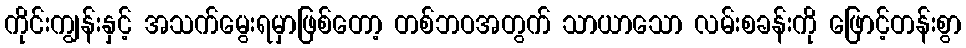
ကိုင်းကျွန်းနှင့် အသက်မွေးရမှာဖြစ်တော့ တစ်ဘဝအတွက် သာယာသော လမ်းစခန်းကို ဖြောင့်တန်းစွာ